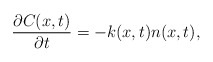
\begin{align*}\dfrac{\partial C(x,t)}{\partial t}=-k(x,t) n(x,t),\end{align*}